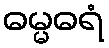
ဓမ္မဓရံ